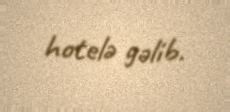
hotelə gəlib.